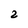
Character: 2